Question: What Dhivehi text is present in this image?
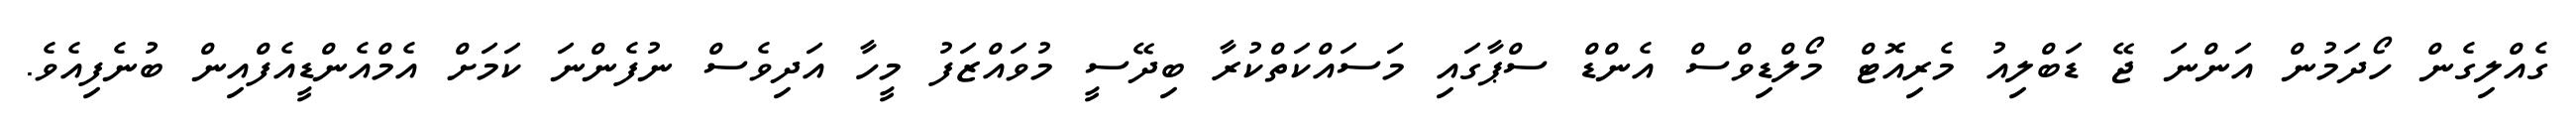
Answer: ގެއްލިގެން ހޯދަމުން އަންނަ ޖޭ ޑަބްލިއު މެރިއޮޓް މޯލްޑިވްސް އެންޑް ސްޕާގައި މަސައްކަތްކުރާ ބިދޭސީ މުވައްޒަފު މީހާ އަދިވެސް ނުފެންނަ ކަމަށް އެމްއެންޑީއެފްއިން ބުނެފިއެވެ.